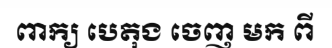
ពាក្យ បេតុង ចេញ មក ពី